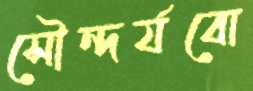
সৌন্দর্যবো